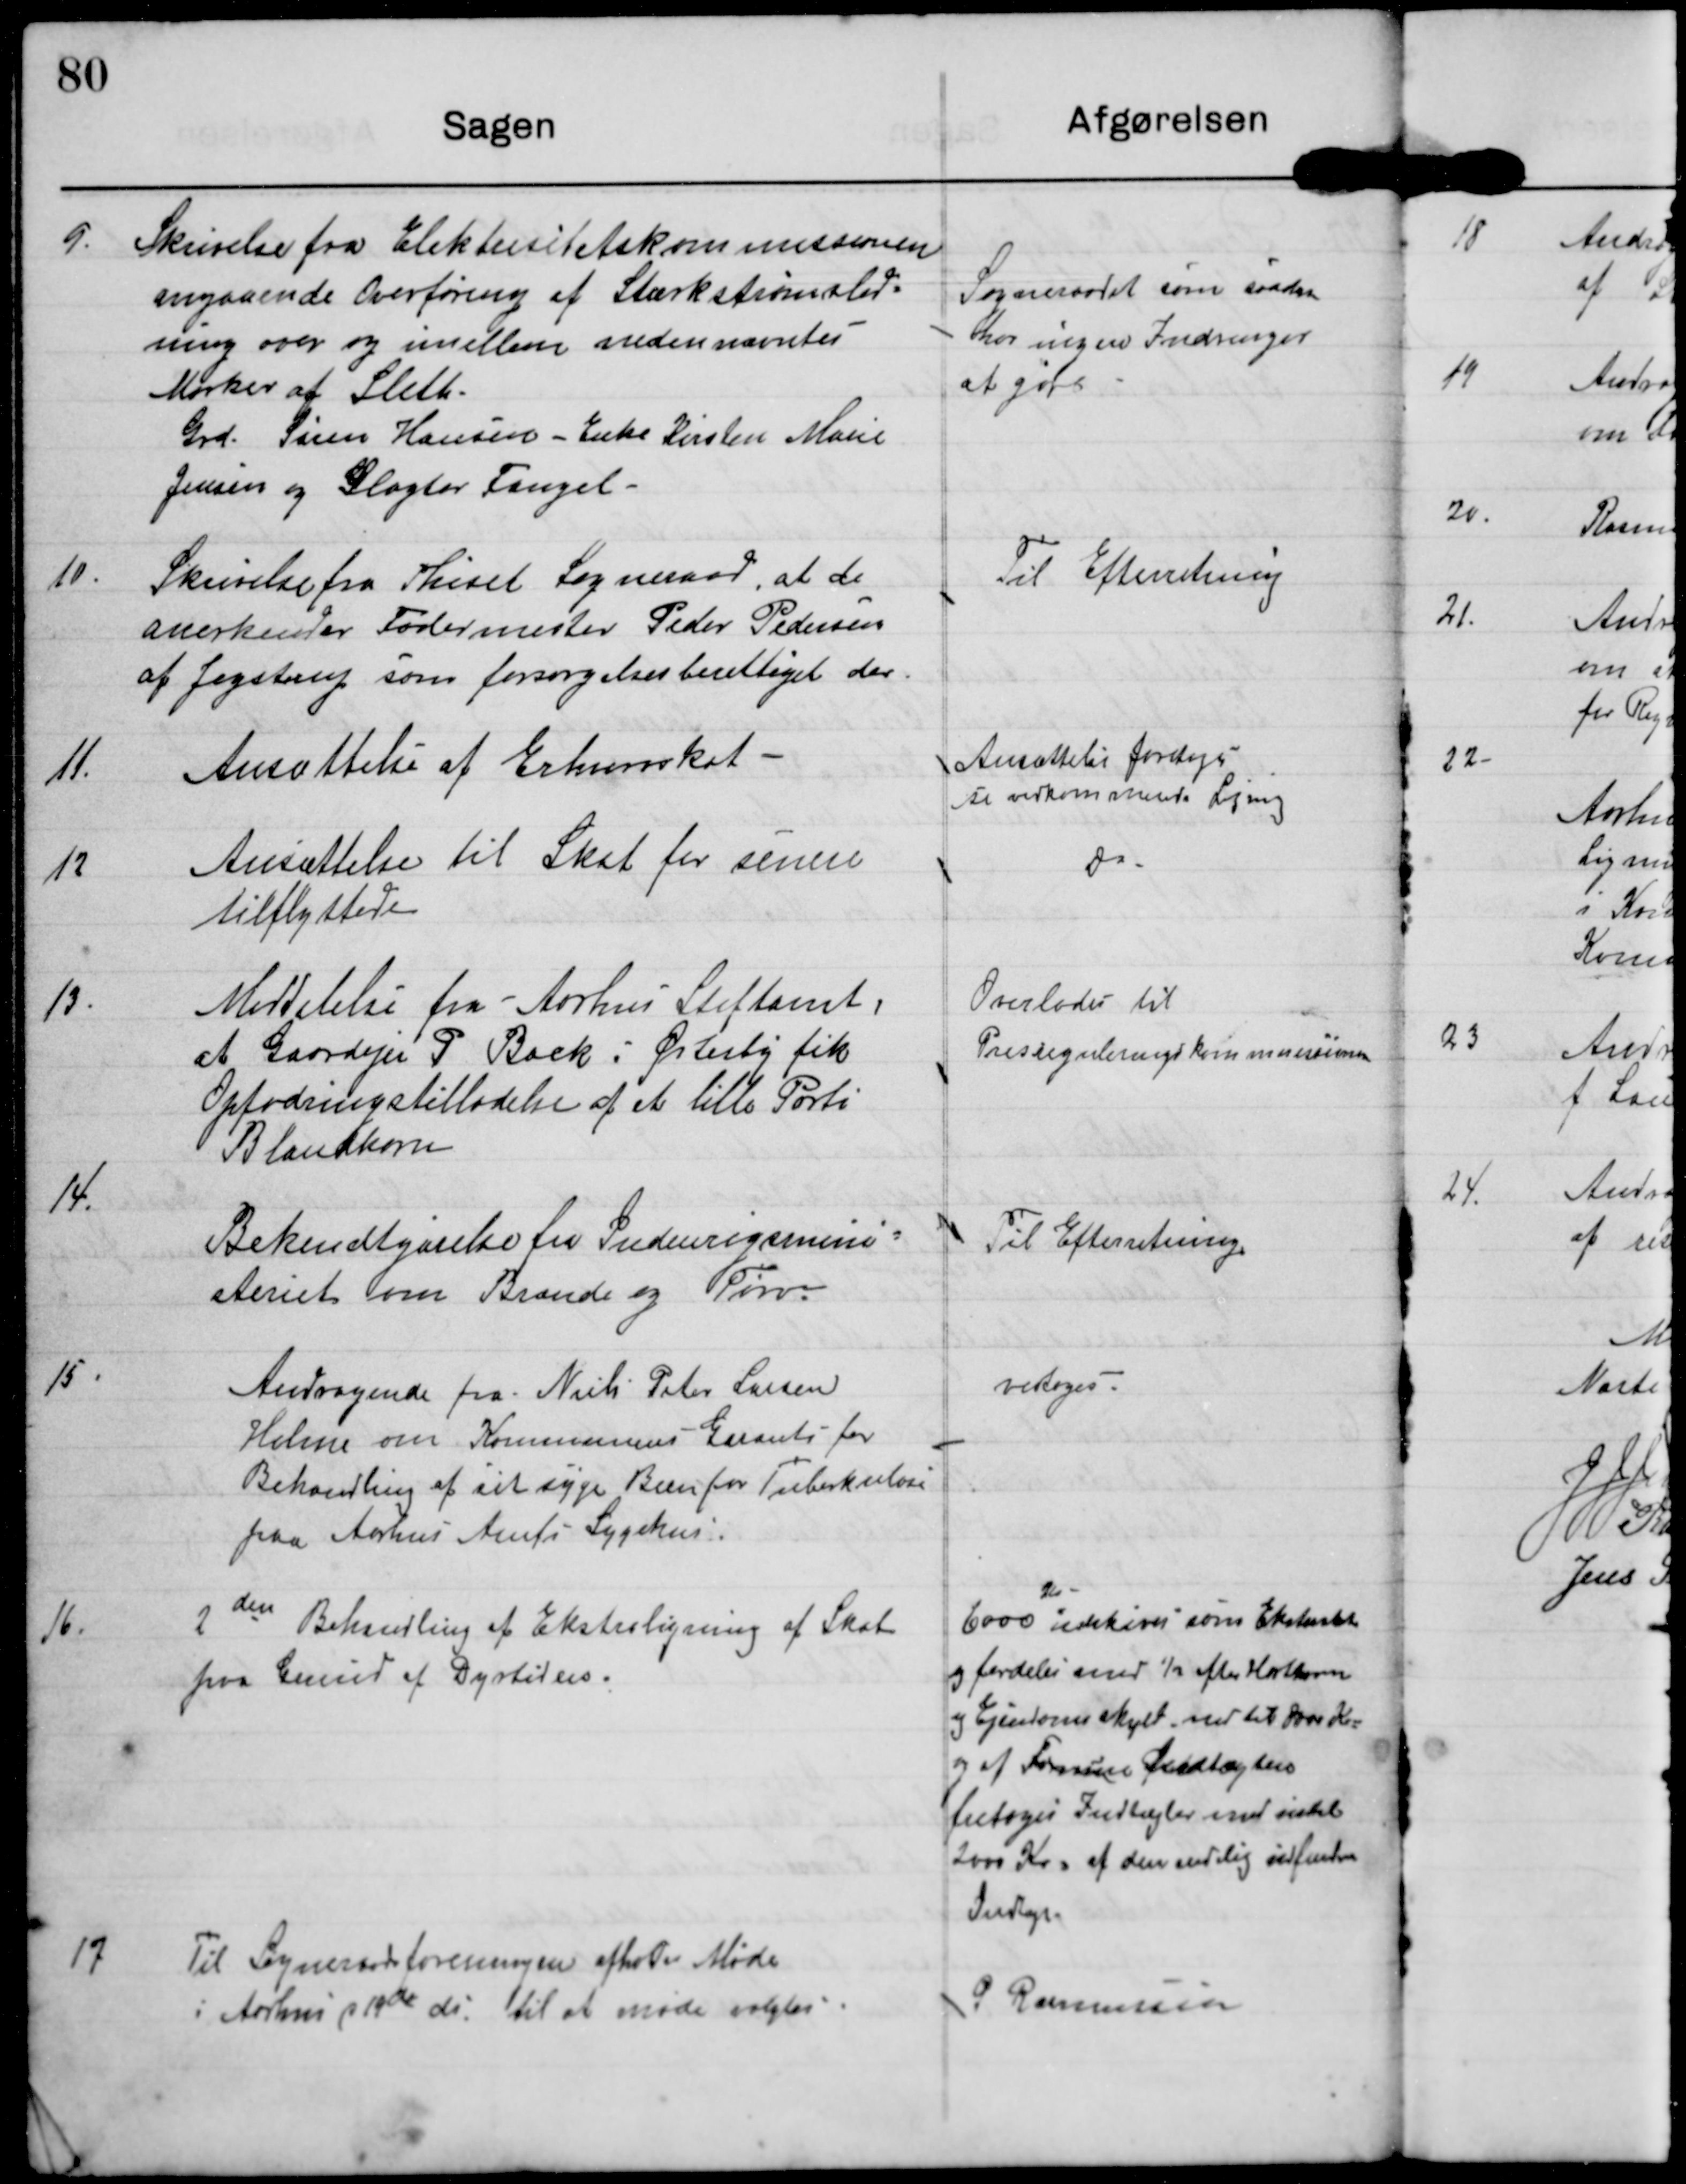
Transskription:
9. Skrivelse fra Elektrisitetskommissionen
angaaende Overføring af Stærkstrømsled-
ning over og imellem nedennævntes
Marker af Sleth
Grd. Søren Hansen - Enke Kirsten Marie
Jensen og Slagter Fangel.

Sogneraadet som saadan
har ingen Indsigelse
at gøre

10
Skrivelse fra Thiset Sogneraad, at de
anderkender Fodermester Peder Pedersen
af Jegstrup som forsørgelsesberettiget der.

Til Efterretning

11.
Ansættelse af Erhvervskat

Ansættelse foretoges
se vedkommende Ligning

12
Ansættelse til Skat for senere
tilflyttede

do

13.
Meddelelse fra Aarhus Stiftamt
at Gaardejer P Back i Østerby fik
Opfodringstilladelse af et lille Parti
Blandkorn

Overlodes til
Prisreguleringskommisionen

14.
Bekendtgørelse fra Indenrigsmini-
steriet om Brænde og Tørv.

Til Efterretning

15.
Andragende fra Niels Peter Larsen
Holme om Kommunens Garanti for
Behandling af sit syge Barn for Tuberkulose
paa Aarhus Amts Sygehus.

vedtoges.

16.
2den Behandling af Ekstraligning af Skat
paa Grund af Dyrtiden.

6000 udskrives som Ekstraskat
og fordeles med 1/2 efter Hartkorn
og Ejendomsskyld ned til 8000 Kr
og af Formuens Indtægter
fritages Indtægter med indtil
2000 Kr af den endelig indfundne
Indtægt

17
Til Sogneraadsforeningen afholdes Møde
i Aarhus d 14de ds. til at møde valgtes

S Rasmussen